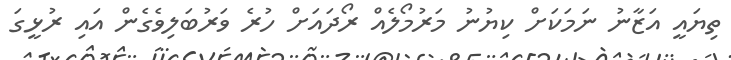
ތިޔައީ އަޒާނު ނަމަކަށް ކިޔުނު މަރުމޯލެއް ރޯދައަށް ހުރެ ވަރުބަލިވެގެން އައި ރުޅީގަ